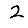
Digit: 2